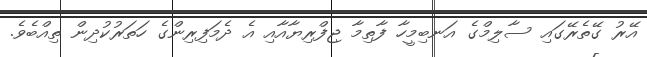
އޭރު ގޭތެރޭގައި ސާލިމްގެ އަނބިމީހާ ފާތިމާ ޖިފްރިޔާއާއި އެ ދެމަފިރިންގެ ހަތަރުކުދިން ތިއްބެވެ.